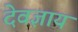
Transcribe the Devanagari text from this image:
देवज्ञाय